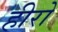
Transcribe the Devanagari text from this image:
हीरो